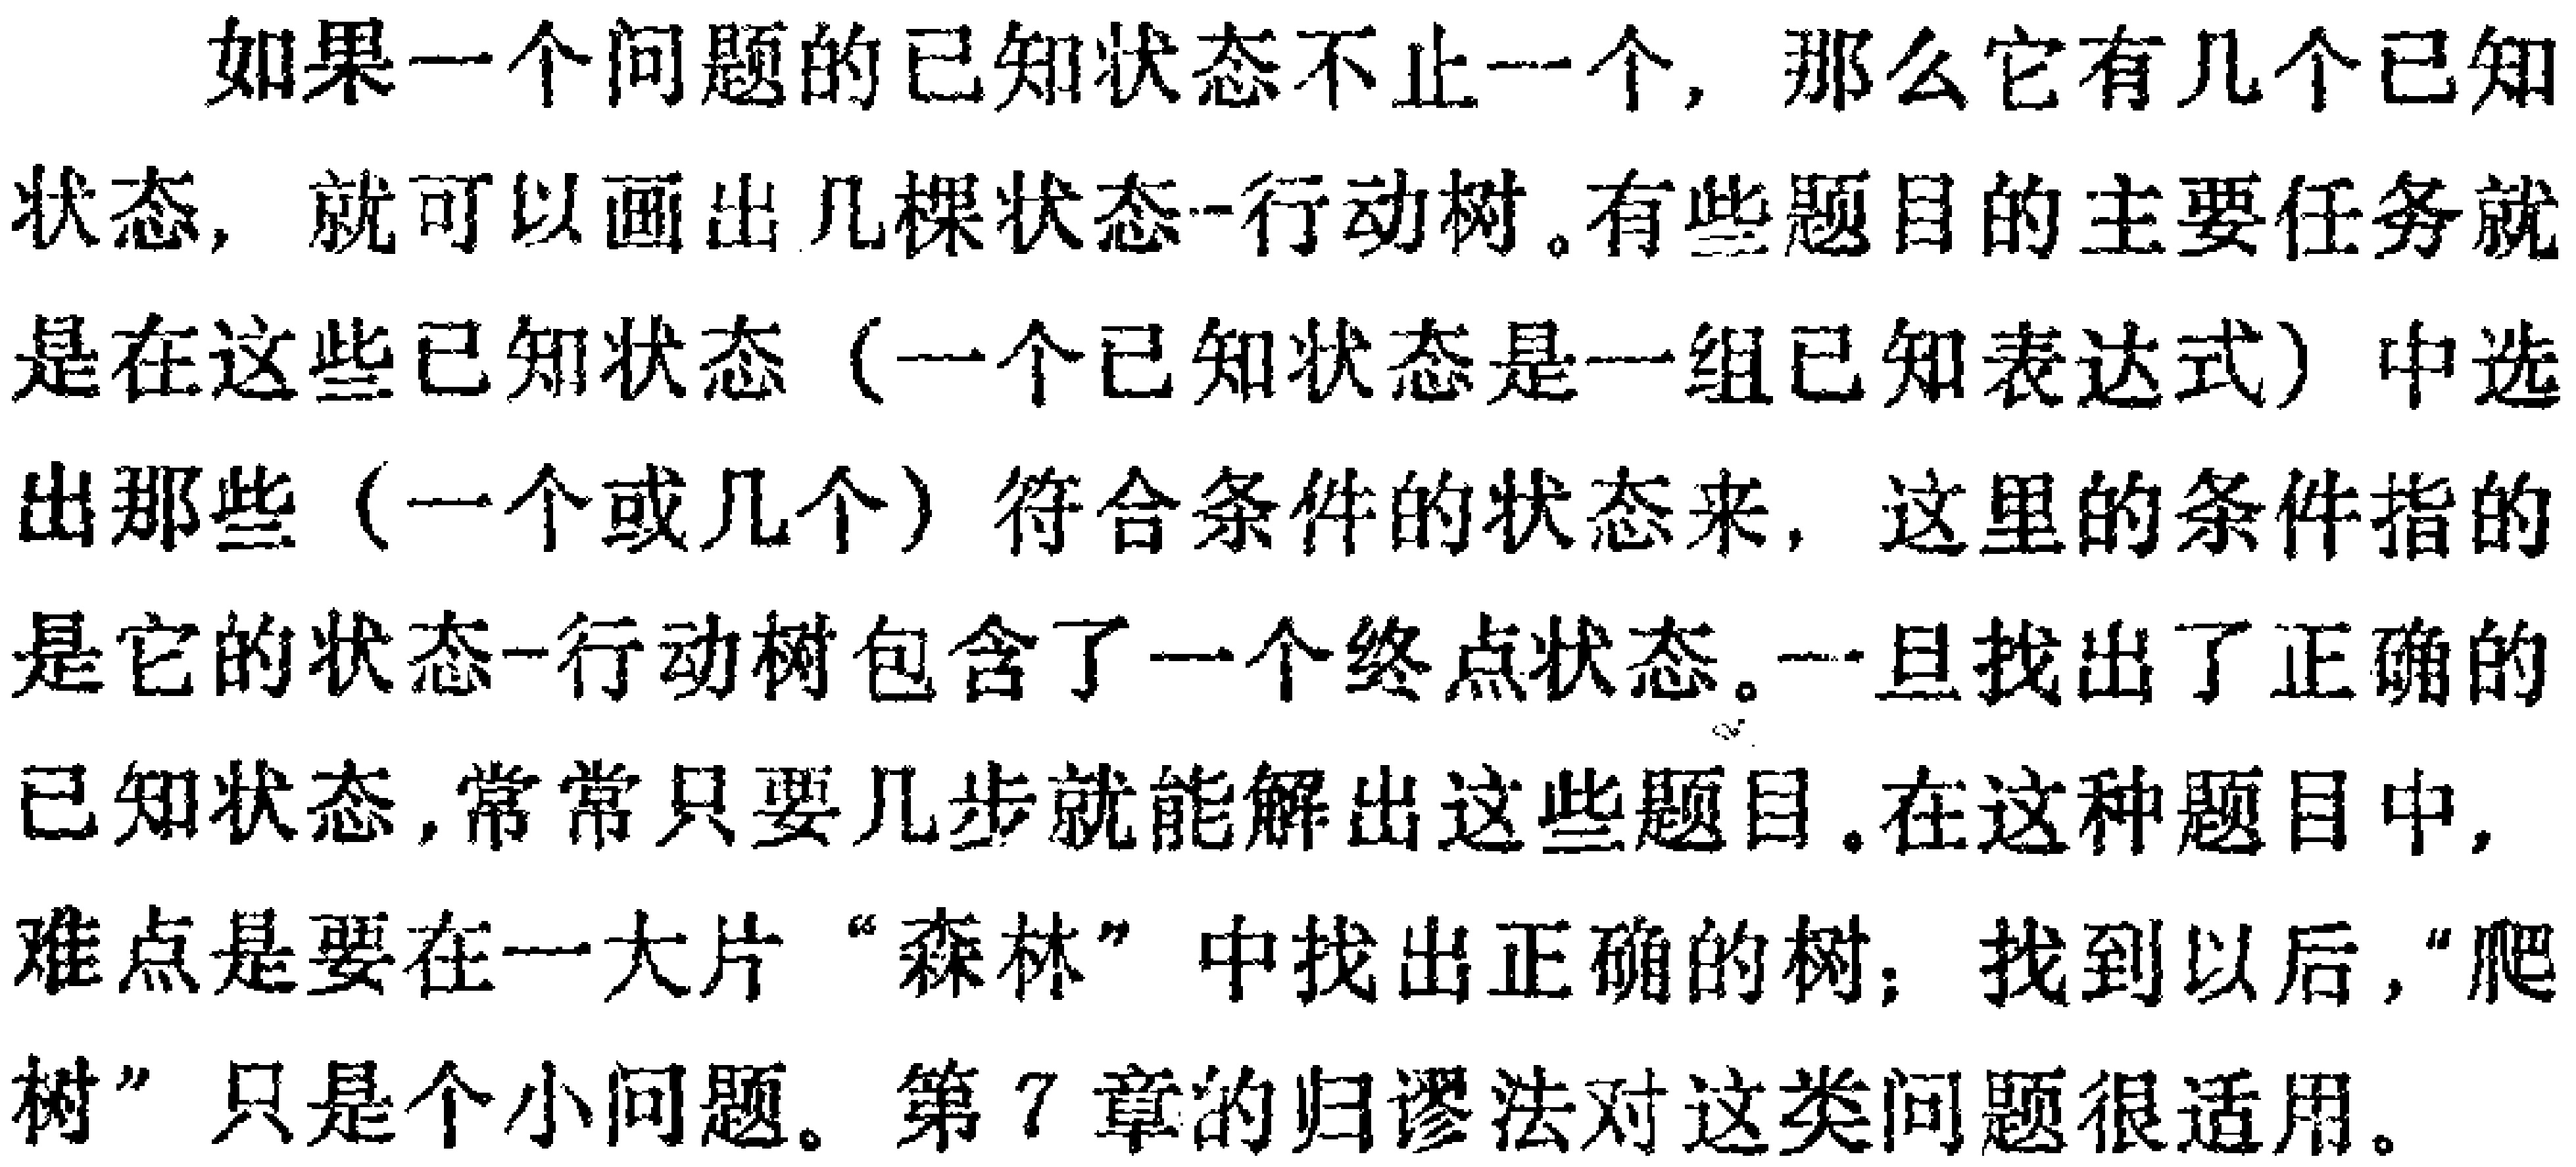
如果一个问题的已知状态不止一个，那么它有几个已知状态，就可以画出几棵状态-行动树。有些题目的主要任务就是在这些已知状态（一个已知状态是一组已知表达式）中选出那些（一个或几个）符合条件的状态来，这里的条件指的是它的状态-行动树包含了一个终点状态。一旦找出了正确的已知状态，常常只要几步就能解出这些题目。在这种题目中，难点是要在一大片“森林”中找出正确的树；找到以后，“爬树”只是个小问题。第7章的归谬法对这类问题很适用。